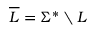
{ \overline { { L } } } = \Sigma ^ { * } \setminus L